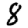
Digit: 8